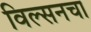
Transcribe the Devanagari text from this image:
विल्सनचा